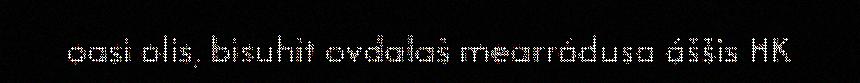
oasi olis, bisuhit ovdalaš mearrádusa áššis HK